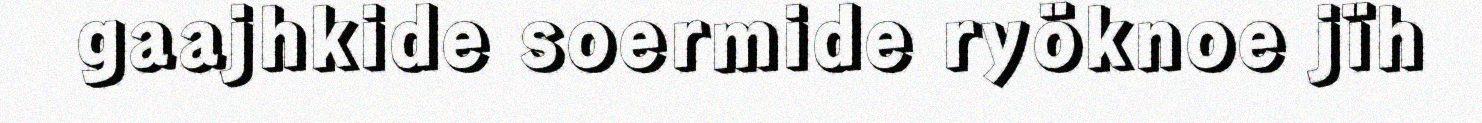
gaajhkide soermide ryöknoe jïh